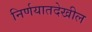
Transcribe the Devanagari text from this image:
निर्णयातदेखील